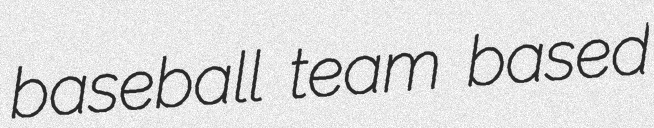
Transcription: baseball team based